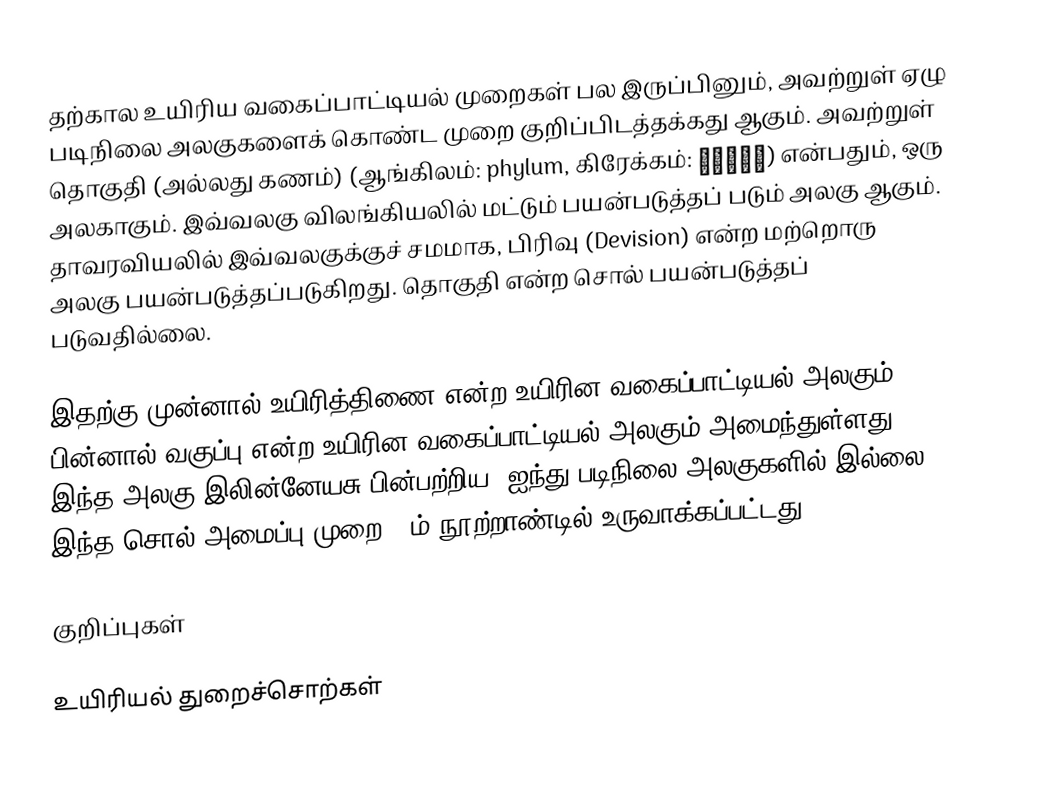
தற்கால உயிரிய வகைப்பாட்டியல் முறைகள் பல இருப்பினும், அவற்றுள் ஏழு படிநிலை அலகுகளைக்  கொண்ட முறை குறிப்பிடத்தக்கது ஆகும். அவற்றுள் தொகுதி (அல்லது கணம்) (ஆங்கிலம்: phylum, கிரேக்கம்: φῦλον) என்பதும், ஒரு அலகாகும். இவ்வலகு விலங்கியலில் மட்டும் பயன்படுத்தப் படும் அலகு ஆகும். தாவரவியலில் இவ்வலகுக்குச் சமமாக, பிரிவு (Devision) என்ற மற்றொரு அலகு பயன்படுத்தப்படுகிறது. தொகுதி என்ற சொல் பயன்படுத்தப் படுவதில்லை.

இதற்கு முன்னால் உயிரித்திணை என்ற உயிரின வகைப்பாட்டியல் அலகும், பின்னால் வகுப்பு என்ற உயிரின வகைப்பாட்டியல் அலகும் அமைந்துள்ளது. இந்த அலகு இலின்னேயசு பின்பற்றிய, ஐந்து படிநிலை அலகுகளில் இல்லை. இந்த சொல் அமைப்பு முறை 19ம் நூற்றாண்டில் உருவாக்கப்பட்டது.

குறிப்புகள்

உயிரியல் துறைச்சொற்கள்